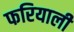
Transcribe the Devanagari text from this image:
फरियाली